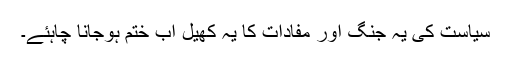
سیاست کی یہ جنگ اور مفادات کا یہ کھیل اب ختم ہوجانا چاہئے۔